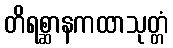
တိရစ္ဆာနကထာသုတ္တံ